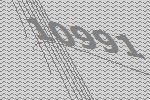
10991